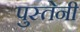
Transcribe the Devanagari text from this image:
पुस्तेनी